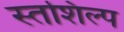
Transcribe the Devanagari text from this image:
स्‍तशिल्प